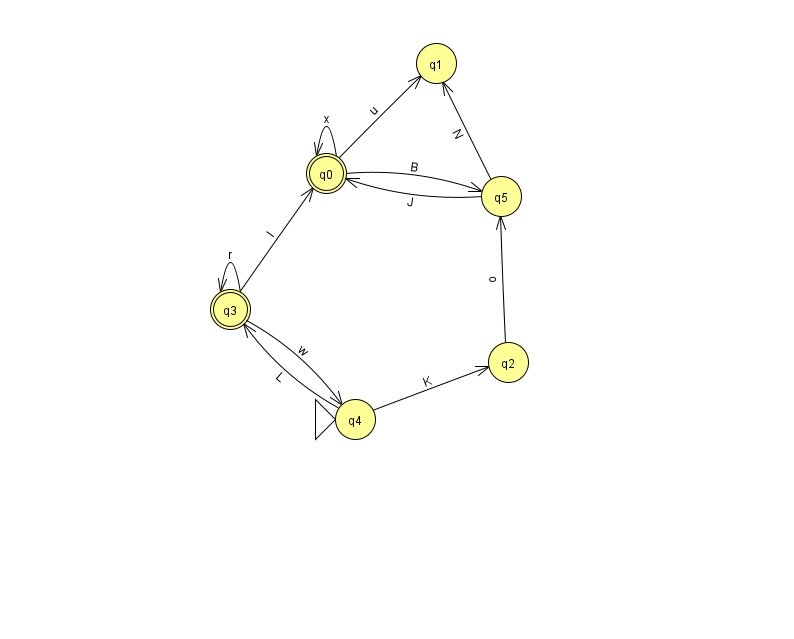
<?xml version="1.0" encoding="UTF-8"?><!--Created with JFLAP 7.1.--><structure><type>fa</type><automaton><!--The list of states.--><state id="0" name="q0"><x>326.0</x><y>160.0</y><final/></state><state id="1" name="q1"><x>436.0</x><y>50.0</y></state><state id="2" name="q2"><x>508.0</x><y>349.0</y></state><state id="3" name="q3"><x>230.0</x><y>296.0</y><final/></state><state id="4" name="q4"><x>355.0</x><y>406.0</y><initial/></state><state id="5" name="q5"><x>501.0</x><y>183.0</y></state><!--The list of transitions.--><transition><from>5</from><to>0</to><read>J</read></transition><transition><from>3</from><to>3</to><read>r</read></transition><transition><from>4</from><to>2</to><read>K</read></transition><transition><from>3</from><to>4</to><read>w</read></transition><transition><from>0</from><to>0</to><read>x</read></transition><transition><from>3</from><to>0</to><read>l</read></transition><transition><from>0</from><to>1</to><read>u</read></transition><transition><from>0</from><to>5</to><read>B</read></transition><transition><from>5</from><to>1</to><read>N</read></transition><transition><from>4</from><to>3</to><read>L</read></transition><transition><from>2</from><to>5</to><read>o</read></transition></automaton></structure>